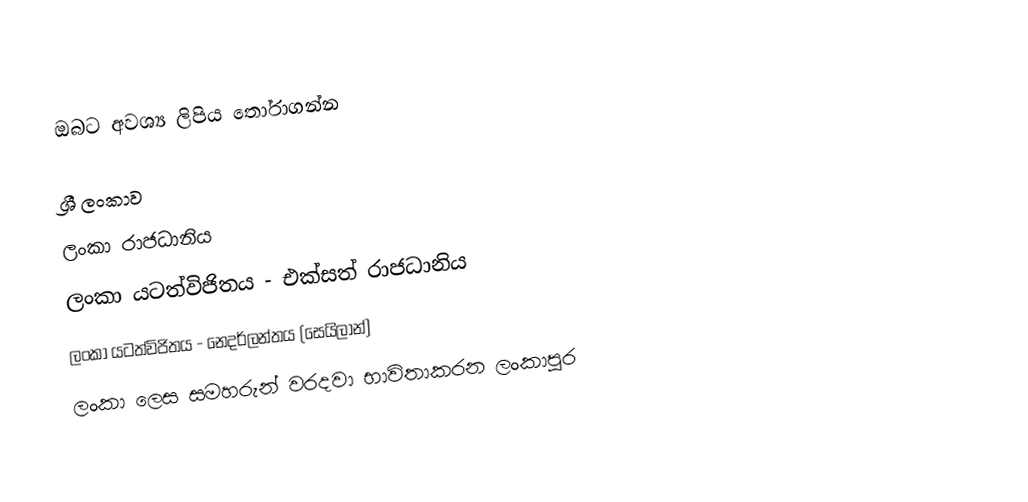
ඔබට අවශ්‍ය ලිපිය තෝරාගන්න

 ශ්‍රී ලංකාව
 ලංකා රාජධානිය
 ලංකා යටත්විජිතය - එක්සත් රාජධානිය
 ලංකා යටත්විජිතය - නෙදර්ලන්තය (සෙයිලාන්)
 ලංකා ලෙස සමහරුන් වරදවා භාවිතාකරන ලංකාපුර